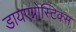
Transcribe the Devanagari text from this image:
डायएग्नोस्टिक्स